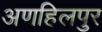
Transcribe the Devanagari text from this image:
अणहिलपुर